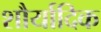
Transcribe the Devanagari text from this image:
शौर्यादिक